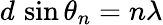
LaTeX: d\, \sin\theta_{n}=n\lambda